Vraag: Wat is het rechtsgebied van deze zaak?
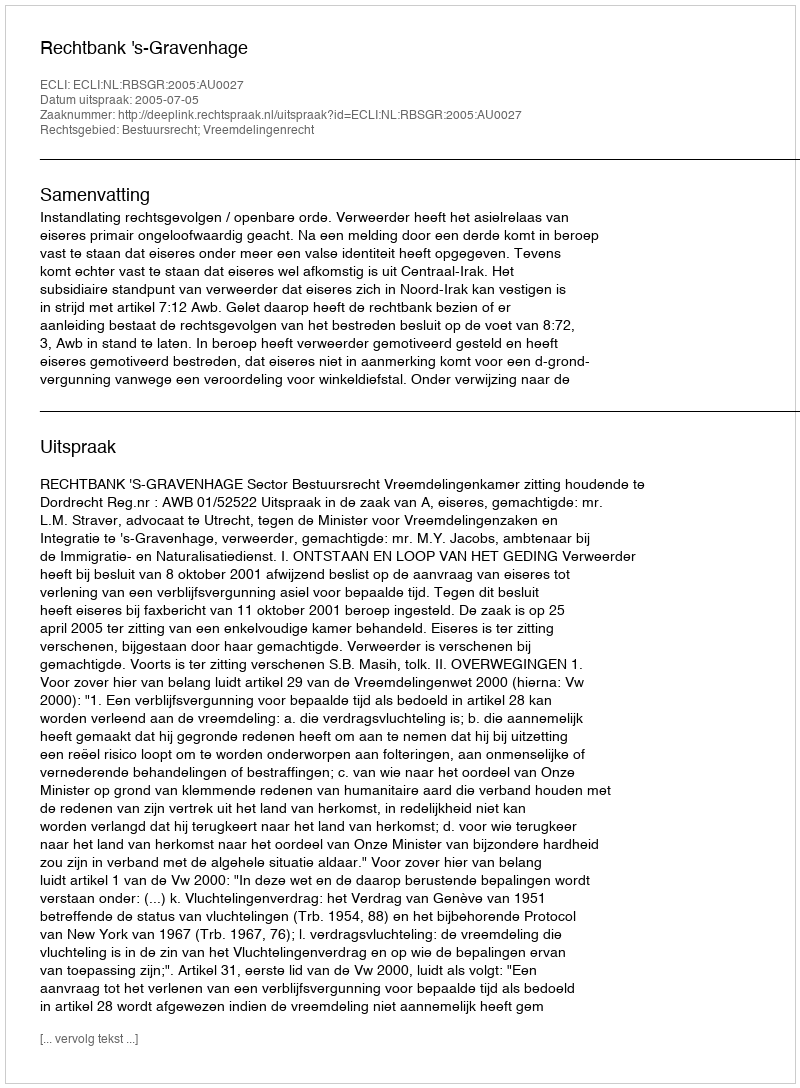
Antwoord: Bestuursrecht; Vreemdelingenrecht